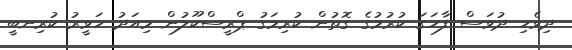
ދިވެހި ދުވަސް ފާހަގަ ކުރުމުގެ ގޮތުން ކުރިމަގު ޕްރީސްކޫލުން މިއަދު ހަވީރު ކުރިނބީ